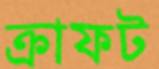
ক্রাফট